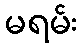
မရမ်း